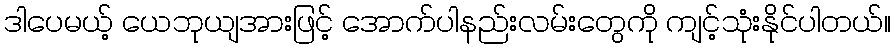
ဒါပေမယ့် ယေဘုယျအားဖြင့် အောက်ပါနည်းလမ်းတွေကို ကျင့်သုံးနိုင်ပါတယ်။